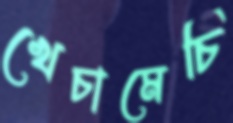
খেচামেচি